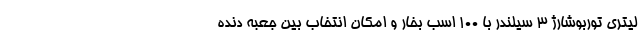
لیتری توربوشارژ 3 سیلندر با 100 اسب بخار و امکان انتخاب بین جعبه دنده